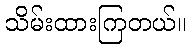
သိမ်းထားကြတယ်။